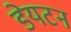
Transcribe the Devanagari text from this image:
डेयटन